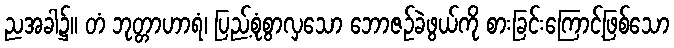
ညအခါ၌။ တံ ဘုတ္တာဟာရံ၊ ပြည့်စုံစွာလှသော ဘောဇဉ်ခဲဖွယ်ကို စားခြင်းကြောင့်ဖြစ်သော